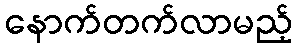
နောက်တက်လာမည့်